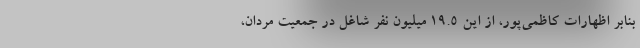
بنابر اظهارات کاظمی‌پور، از این ۱۹.۵ میلیون نفر شاغل در جمعیت مردان،